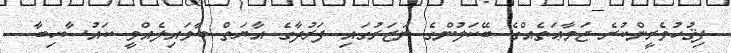
ފިޤުހުވެރީންކުރެ ޖަމާޢަތެއްގެ ބޭކަލުންގެ ނަޒަރުގައި ފަރުދާގެ އާޔަތް ބާވައިލެއްވީ ކައުސާހިބާ